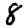
Digit: 8